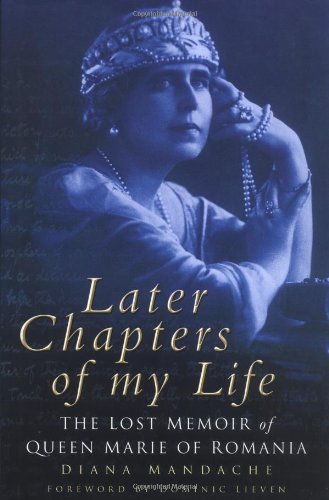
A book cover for Later Chapters of My Life: The Lost Memoir of Queen Marie of Romania; Diana Mandache; History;